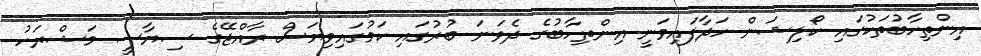
އިންތިހާބުތަކުގައި ކޯލިޝަން ހަދާފައިވަނީ އިންތިހާބުގެ ދެވަނަ ބުރުގައި ކަމުގައިވިޔަސް ރާއްޖޭގެ ސިޔާސީ މަޝްރަހު